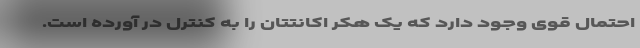
احتمال قوی وجود دارد که یک هکر اکانتتان را به کنترل در آورده است.